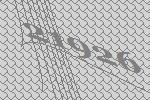
21926